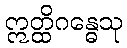
ဣတ္ထိဂန္ဓေသု